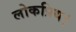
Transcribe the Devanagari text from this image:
लोकप्रिय।